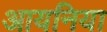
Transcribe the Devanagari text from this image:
आयनिया